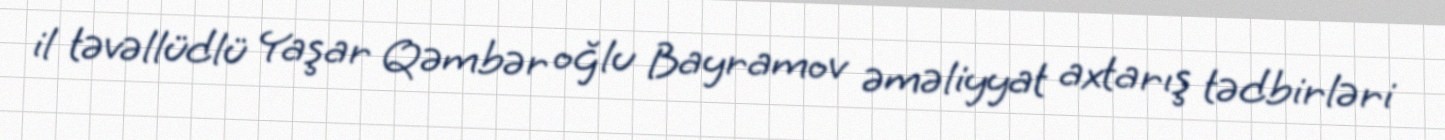
il təvəllüdlü Yaşar Qəmbər oğlu Bayramov əməliyyat axtarış tədbirləri